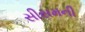
સીસમની